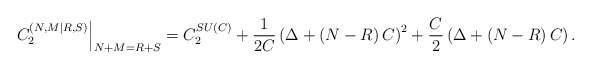
\begin{align*}\left. C_{2}^{\left( N,M|R,S\right) }\right\vert _{N+M=R+S}=C_{2}^{SU\left(C\right) }+\frac{1}{2C}\left( \Delta+\left( N-R\right) C\right) ^{2}+\frac{C}{2}\left( \Delta+\left( N-R\right) C\right) . \end{align*}